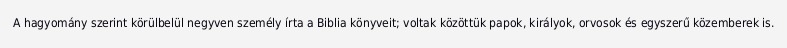
A hagyomány szerint körülbelül negyven személy írta a Biblia könyveit; voltak közöttük papok, királyok, orvosok és egyszerű közemberek is.